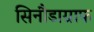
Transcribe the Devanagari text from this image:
सिनौडाग्राफ